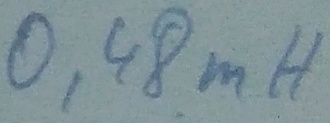
Text: 0,48mH